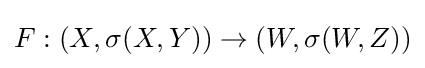
F:(X,\sigma (X,Y))\to (W,\sigma (W,Z))